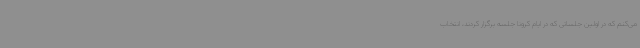
می‌کنم که در اولین جلساتی که در ایام کرونا جلسه برگزار کردند، انتخاب